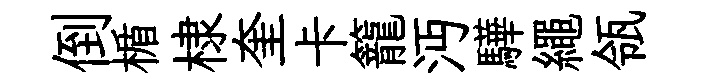
倒楯棣奎卡籠沔驊繩瓴